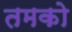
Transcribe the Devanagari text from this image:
तमको